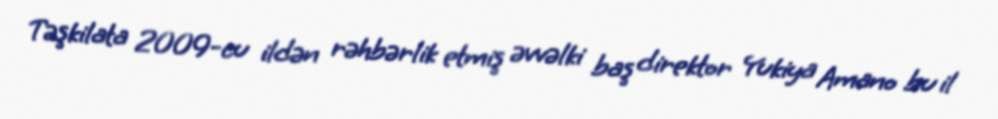
Təşkilata 2009-cu ildən rəhbərlik etmiş əvvəlki baş direktor Yukiya Amano bu il